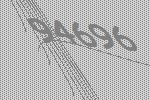
94696